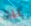
عبد